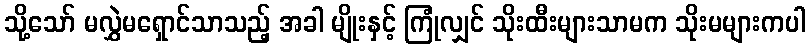
သို့သော် မလွှဲမရှောင်သာသည့် အခါ မျိုးနှင့် ကြုံလျှင် သိုးထီးများသာမက သိုးမများကပါ